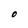
Character: O